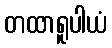
တထာရူပါယံ